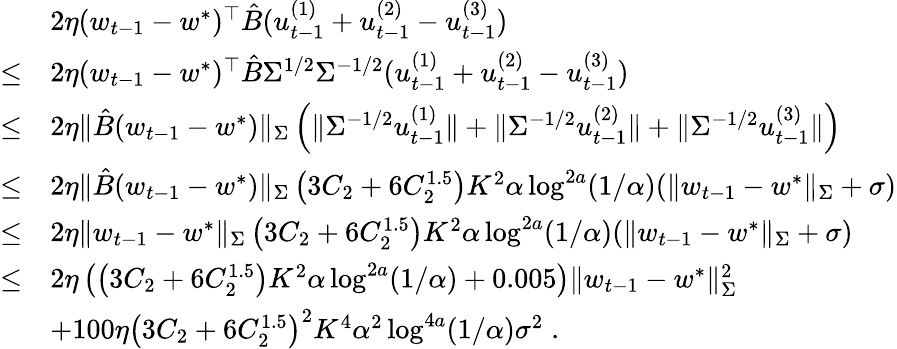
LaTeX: \begin{array}{rl}&{2\eta(w_{t-1}-w^{*})^{\top}\hat{B}(u_{t-1}^{(1)}+u_{t-1}^{(2)}-u_{t-1}^{(3)})}\\ {\leq}&{2\eta(w_{t-1}-w^{*})^{\top}\hat{B}\Sigma^{1/2}\Sigma^{-1/2}(u_{t-1}^{(1)}+u_{t-1}^{(2)}-u_{t-1}^{(3)})}\\ {\leq}&{2\eta\| \hat{B}(w_{t-1}-w^{*})\| _{\Sigma}\left(\| \Sigma^{-1/2}u_{t-1}^{(1)}\| +\| \Sigma^{-1/2}u_{t-1}^{(2)}\| +\| \Sigma^{-1/2}u_{t-1}^{(3)}\| \right)}\\ {\leq}&{2\eta\| \hat{B}(w_{t-1}-w^{*})\| _{\Sigma}\left(3C_{2}+6C_{2}^{1.5}\right)K^{2}\alpha\log^{2a}(1/\alpha)(\| w_{t-1}-w^{*}\| _{\Sigma}+\sigma)}\\ {\leq}&{2\eta\| w_{t-1}-w^{*}\| _{\Sigma}\left(3C_{2}+6C_{2}^{1.5}\right)K^{2}\alpha\log^{2a}(1/\alpha)(\| w_{t-1}-w^{*}\| _{\Sigma}+\sigma)}\\ {\leq}&{2\eta\left(\left(3C_{2}+6C_{2}^{1.5}\right)K^{2}\alpha\log^{2a}(1/\alpha)+0.005\right)\| w_{t-1}-w^{*}\| _{\Sigma}^{2}}\\ &{+100\eta\left(3C_{2}+6C_{2}^{1.5}\right)^{2}K^{4}\alpha^{2}\log^{4a}(1/\alpha)\sigma^{2}\; .}\end{array}